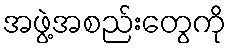
အဖွဲ့အစည်းတွေကို